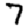
Digit: 7